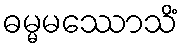
ဓမ္မမဿောသိံ